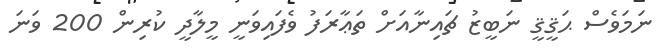
ނަމަވެސް ޙަޤީޤީ ނަބީޒު ޗައިނާއަށް ތަޢާރަފު ވެފައިވަނީ މީލާދީ ކުރިން 200 ވަނަ